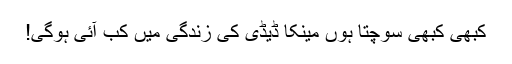
کبھی کبھی سوچتا ہوں مینکا ڈیڈی کی زندگی میں کب آئی ہوگی!